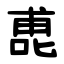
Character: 喸